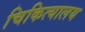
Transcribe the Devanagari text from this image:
चिकित्यालय